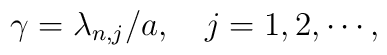
\gamma =\lambda _{n,j}/a,\quad j=1,2,\cdots ,